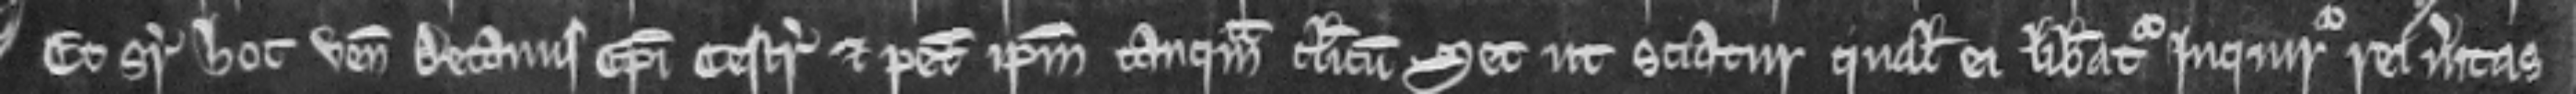
Et super hoc venit Decanus Episcopi Cestr et petit ipsum tamquam clericum set ut sciatur qualem ei liberatur inquiratur rei veritas